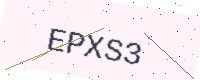
Text: EPXS3